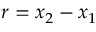
r = x _ { 2 } - x _ { 1 }